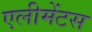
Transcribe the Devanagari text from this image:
एलीमेंटस